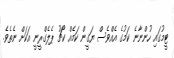
ޓީމުގައި ހުންނާނެ ކަމުގެ އެއްވެސް ޔަގީން ކަމެއް ކޯޗު ޕެލެގްރީނީ އަކަށް ނެތެވެ.